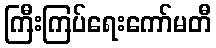
ကြီးကြပ်ရေးကော်မတီ